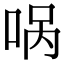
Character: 㖞